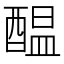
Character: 醖